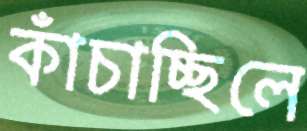
কাঁচাচ্ছিলে